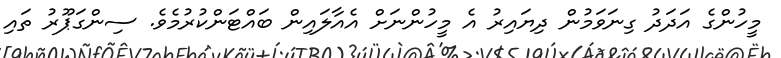
މީހުންގެ އަދަދު ގިނަވަމުން ދިޔައިރު އެ މީހުންނަށް އެއާލައިން ބައްޓަންކުރުމެވެ. ސިންގަޕޫރު ތައި